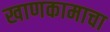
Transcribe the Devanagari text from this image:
खाणकामाचा